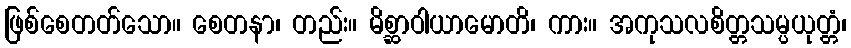
ဖြစ်စေတတ်သော။ စေတနာ၊ တည်း။ မိစ္ဆာဝါယာမောတိ၊ ကား။ အကုသလစိတ္တသမ္ပယုတ္တံ၊